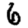
Digit: 6